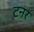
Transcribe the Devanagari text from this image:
टनर